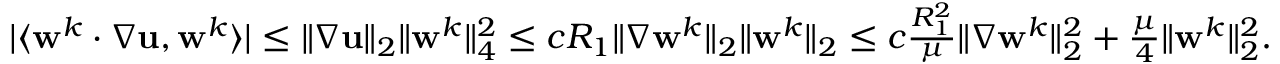
\begin{array} { r } { | \langle \mathbf { w } ^ { k } \cdotp \nabla \mathbf { u } , \mathbf { w } ^ { k } \rangle | \leq \| \nabla \mathbf { u } \| _ { 2 } \| \mathbf { w } ^ { k } \| _ { 4 } ^ { 2 } \leq c R _ { 1 } \| \nabla \mathbf { w } ^ { k } \| _ { 2 } \| \mathbf { w } ^ { k } \| _ { 2 } \leq c \frac { R _ { 1 } ^ { 2 } } { \mu } \| \nabla \mathbf { w } ^ { k } \| _ { 2 } ^ { 2 } + \frac { \mu } { 4 } \| \mathbf { w } ^ { k } \| _ { 2 } ^ { 2 } . } \end{array}